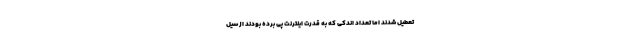
تعطیل شدند اما تعداد اندکی که به قدرت اینترنت پی برده بودند از سیل